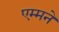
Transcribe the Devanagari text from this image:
एम्मने